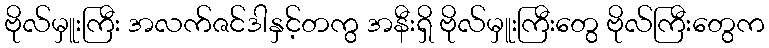
ဗိုလ်မှူးကြီး အလက်ဇင်ဒါနှင့်တကွ အနီးရှိ ဗိုလ်မှူးကြီးတွေ ဗိုလ်ကြီးတွေက